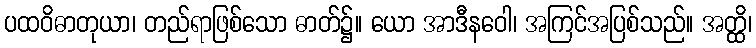
ပထဝိဓာတုယာ၊ တည်ရာဖြစ်သော ဓာတ်၌။ ယော အာဒီနဝေါ၊ အကြင်အပြစ်သည်။ အတ္ထိ၊